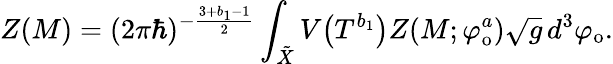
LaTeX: Z(M)=(2\pi\hbar)^{-\frac{3+b_{1}-1}{2}}\int_{\tilde{X}}V\big(T^{b_{1}}\big)Z(M;\varphi_{\mathrm{o}}^{a})\sqrt{g}\, d^{3}\varphi_{\mathrm{o}}.